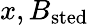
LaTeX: x,B_{\mathrm{sted}}